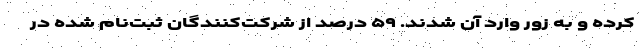
کرده و به زور وارد آن شدند. ۵۹ درصد از شرکت‌کنندگان ثبت‌نام شده در